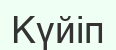
Күйіп